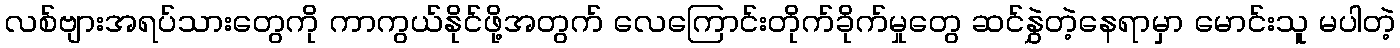
လစ်ဗျားအရပ်သားတွေကို ကာကွယ်နိုင်ဖို့အတွက် လေကြောင်းတိုက်ခိုက်မှုတွေ ဆင်နွှဲတဲ့နေရာမှာ မောင်းသူ မပါတဲ့